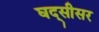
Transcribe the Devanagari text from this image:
घद्सीसर